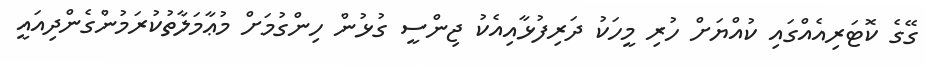
ގޭގެ ކޮޓަރިއެއްގައި ކުއްޔަށް ހުރި މީހަކު ދަރިފުޅާއިއެކު ޖިންސީ ގުޅުން ހިންގުމަށް މުޢާމަލާތުކުރަމުންގެންދިއައީ